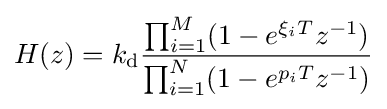
H(z)=k_{\mathrm {d} }{\frac {\prod _{i=1}^{M}(1-e^{\xi _{i}T}z^{-1})}{\prod _{i=1}^{N}(1-e^{p_{i}T}z^{-1})}}